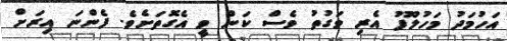
އަހުމަދު މަހުލޫފު އެރި ވަގުތު ވެސް ކަން ވީ އެގޮތަށެވެ. ފެންނަ އިރަށް